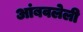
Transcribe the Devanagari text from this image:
आंबवलेली